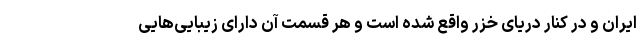
ایران و در کنار دریای خزر واقع شده است و هر قسمت آن دارای زیبایی­‌هایی